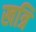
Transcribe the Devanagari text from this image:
खत्रि